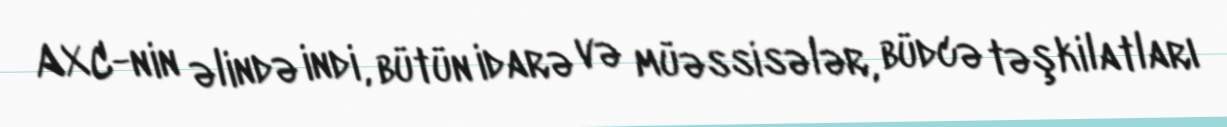
AXC-nin əlində indi, bütün idarə və müəssisələr, büdcə təşkilatları